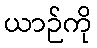
ယာဉ်ကို